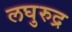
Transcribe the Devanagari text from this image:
लघुरुद्र